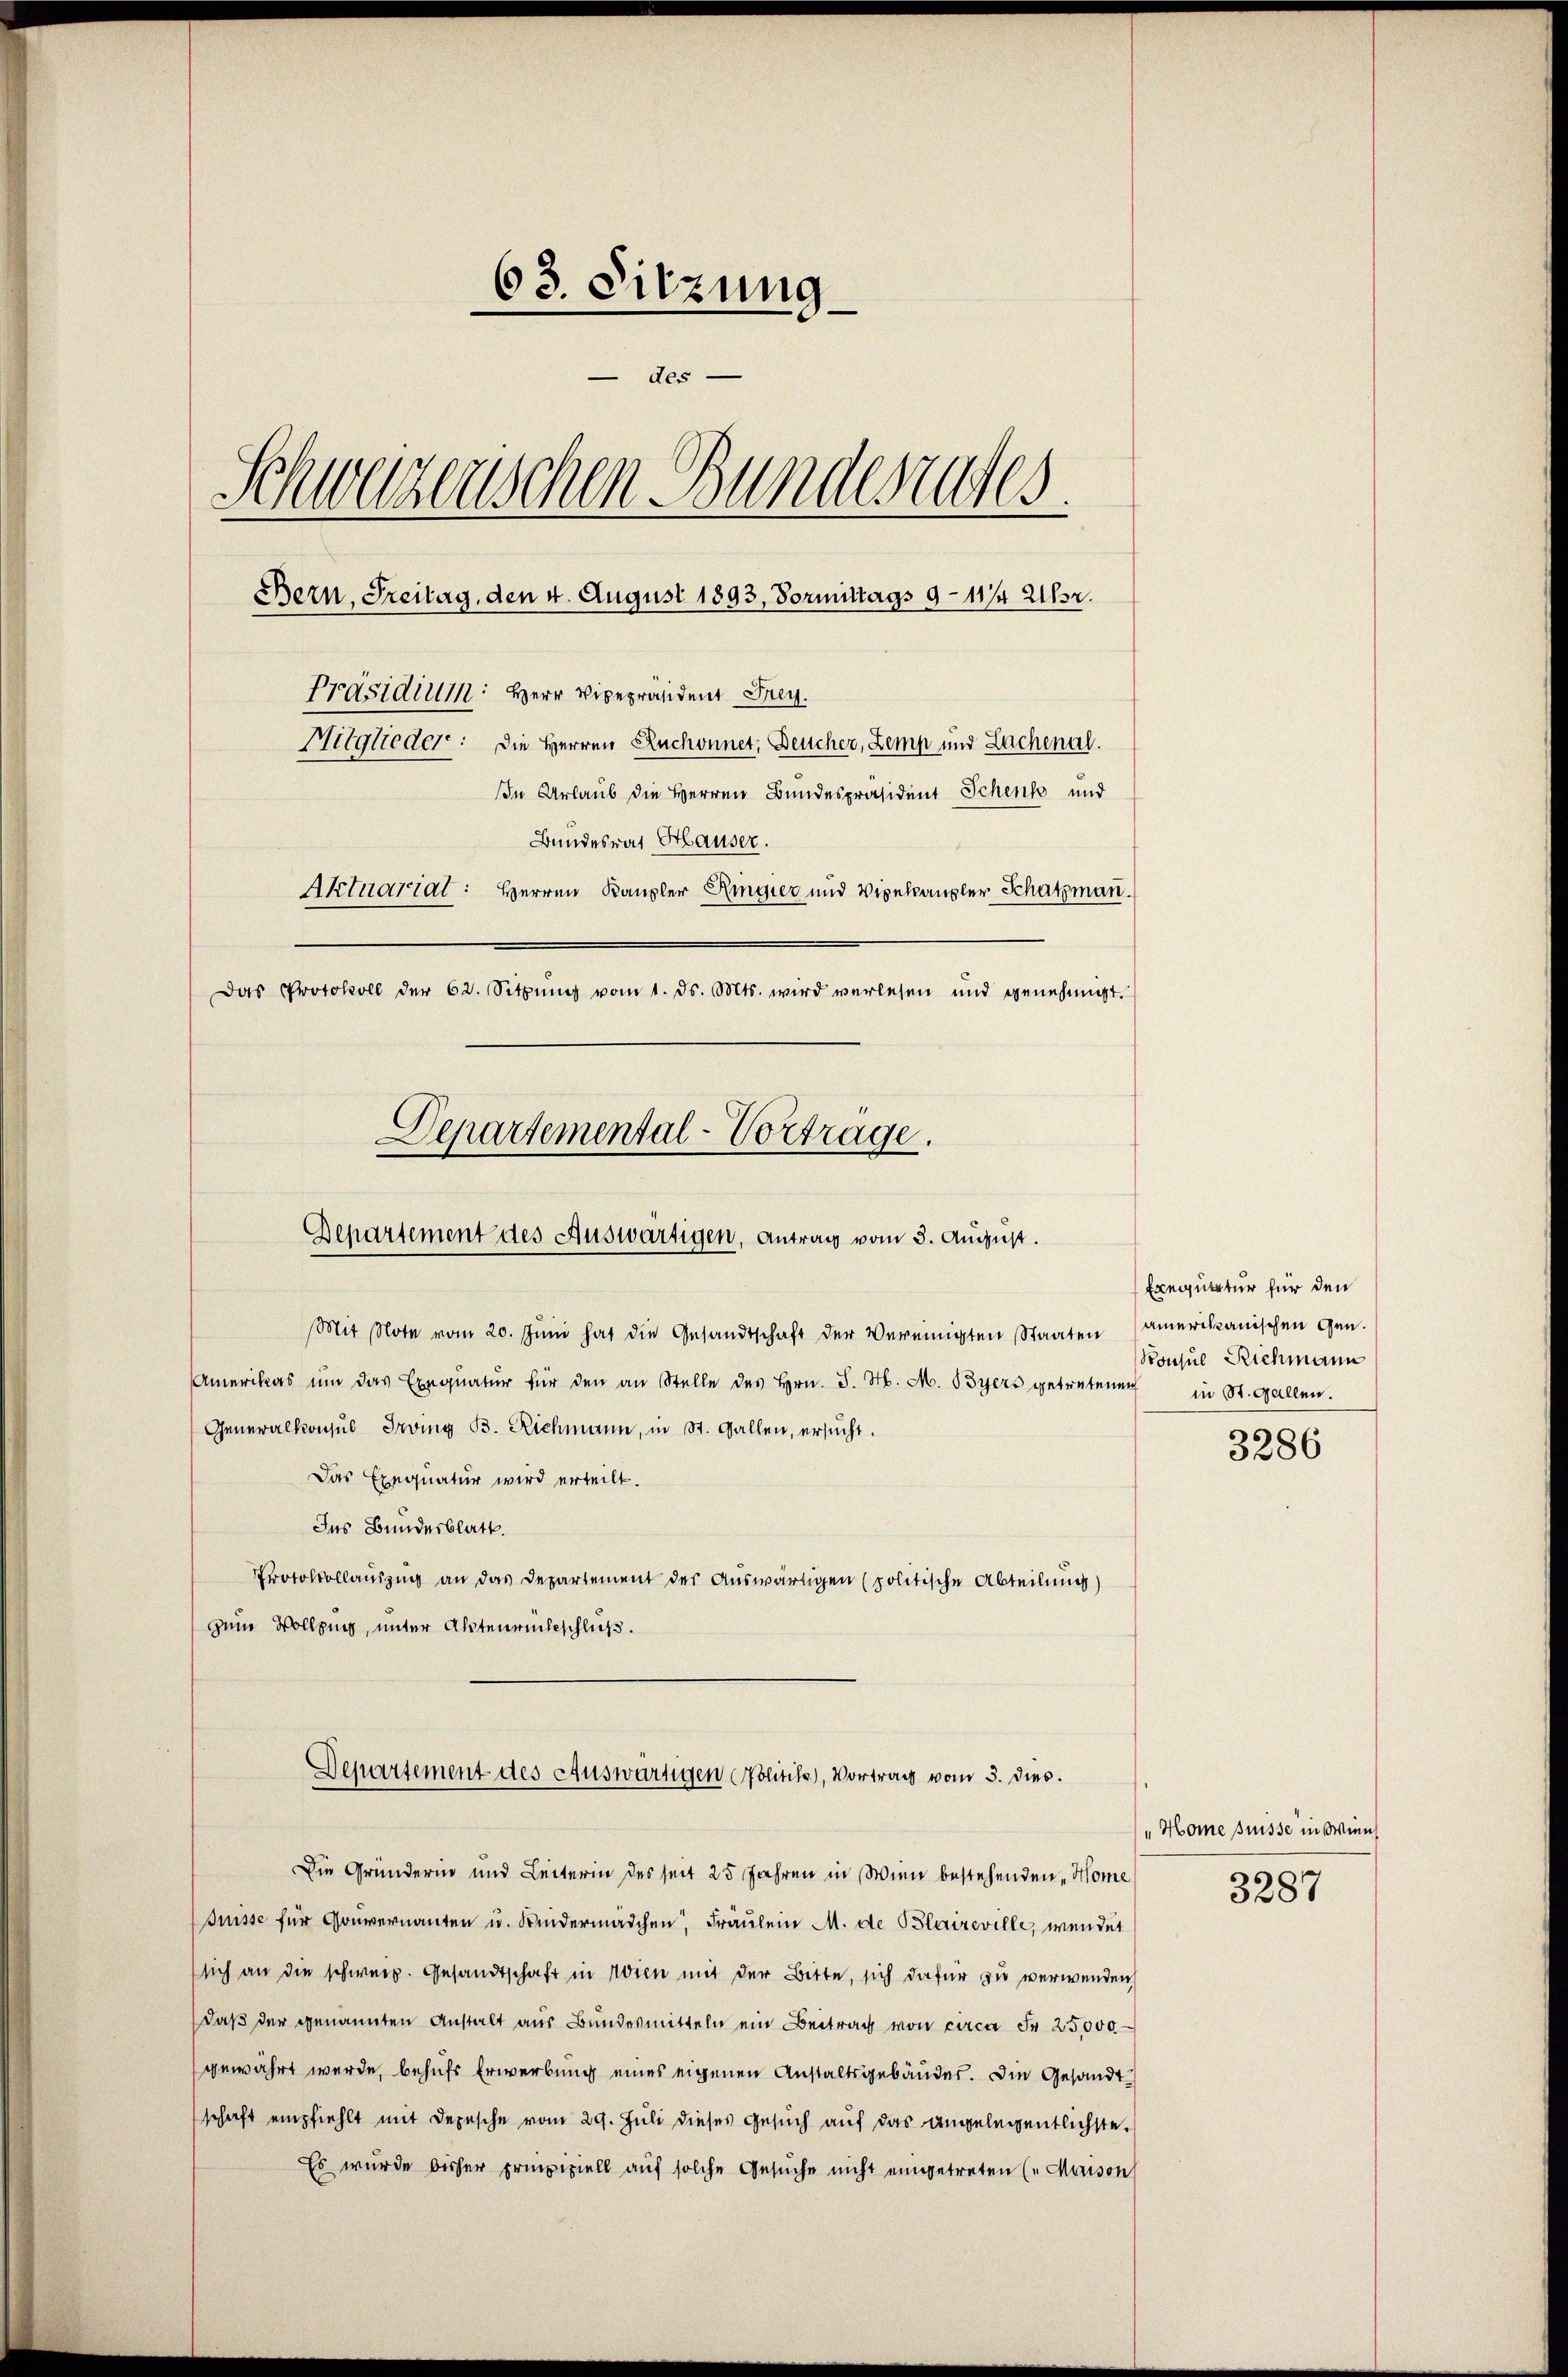
63. Sitzung.
des
Schweizenschen Bunderunges
Bern, Freitag, den 4. August 1893, Vormittags 9–11/4 Uhr.
Präsidium Herr Vicepräsident Frey.
Mitglieder: Die Herren Ruchonnet, Deucher, Zemp und Lachenal.
In Urlaub die Herren Bundespräsident Schens und
Bundesrat Hauser.
Aktuariat: Herren Kanzler Ringier und Vipelkanzler Schatzmann.
Das Protokoll der 62. Sitzŭng vom 1. ds. Mts. wird verlesen und genehmigt.

Departemental-Vortrage.
Gepartement des Auswärtigen, Antrag vom 5. August.

Amerikas um das Exequatur für den an Stelle des Hrn. J. M. M. Byers getretenen
Generalkonsul Irvig B. Richmann, in St. Gallen, ersucht.
Das Exequatur wird erteilt.
Ins Bundesblatt.
Protolvollauszug an das Departement des Auswärtigen (politische Abteilung)
zum Vollzung, unter Aktenrückeschluß.
Die Gründerin und Leiterin des seit 25 Jahren in Wien bestehenden „Home
Puisse für Gouvernanten u. Kindermädchen, Fräulein M. de Blaireville, wendet
sich an die schweiz. Gesandtschaft in Wien mit der Bitte, sich dafür zu verwenden
daß der genannten Anstalt aus Bundesmitteln ein Beitrag von circa Fr. 25,000
gewährt werde, behufs Erwerbung eines eigenen Anstaltsgebäudes. Die Gesandtschaft empfiehlt mit Depesche vom 29. Juli dieses Gesŭch auf das angelegentlichste
Es wurde bisher pripiziell auf solche Gesŭche nicht eingetreten (Maison

Mit Note vom 20. Jŭni hat die Gesandtschaft der Vereinigten Staaten amerikanischen Gen.

Departement des Auswärtigen Politik, Vortrag vom 3. dies.

Exequatur für den
Konsul Richmann
in St. Gallen.

3286

„Homne puisse in Wint

3287